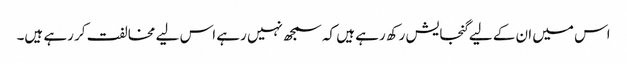
اس میں ان کے لیے گنجایش رکھ رہے ہیں کہ سمجھ نہیں رہے اس لیے مخالفت کر رہے ہیں۔